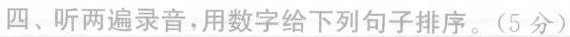
四、听两遍录音,用数字给下列句子排序.(5 分)